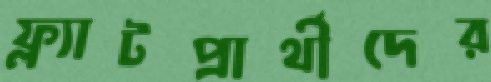
ফ্ল্যাটপ্রার্থীদের